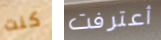
كنت أعترفت